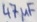
Text: 47µF